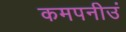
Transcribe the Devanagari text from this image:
कमपनीउं